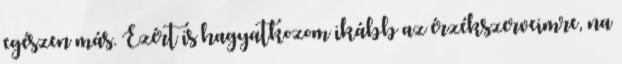
egészen más. Ezért is hagyatkozom ikább az érzékszerveimre, na